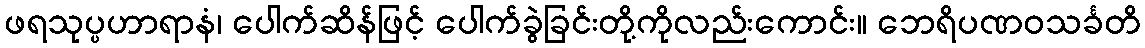
ဖရသုပ္ပဟာရာနံ၊ ပေါက်ဆိန်ဖြင့် ပေါက်ခွဲခြင်းတို့ကိုလည်းကောင်း။ ဘေရိပဏဝသင်္ခတိ